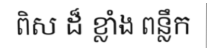
ពិស ដ៏ ខ្លាំង ពន្លឹក